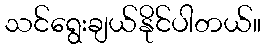
သင်ရွေးချယ်နိုင်ပါတယ်။